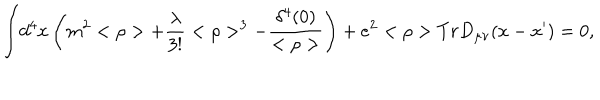
LaTeX: { \int } d ^ { 4 } x \left( m ^ { 2 } < \rho > + \frac { \lambda } { 3 ! } < \rho > ^ { 3 } - \frac { \delta ^ { 4 } ( 0 ) } { < \rho > } \right) + e ^ { 2 } < \rho > T r D _ { \mu \nu } ( x - x ^ { \prime } ) = 0 ,